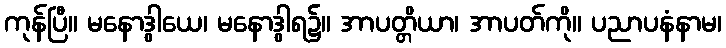
ကုန်ပြီ။ မနောဒွါယေ၊ မနောဒွါရ၌။ အာပတ္တိယာ၊ အာပတ်ကို။ ပညာပနံနာမ၊